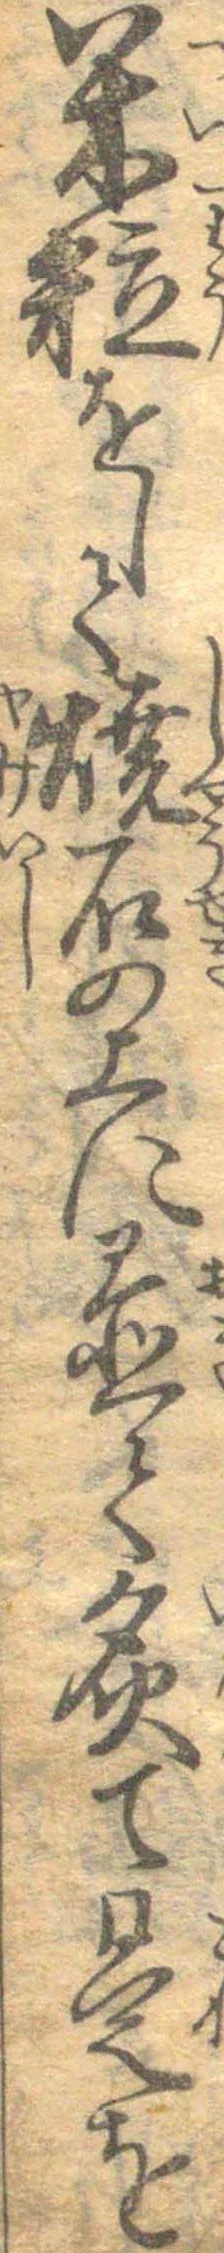
米粒をして焼石の上に置て炙て是を